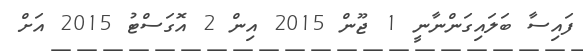
ފައިސާ ބަލައިގަންނާނީ 1 ޖޫން 2015 އިން 2 އޮގަސްޓު 2015 އަށް